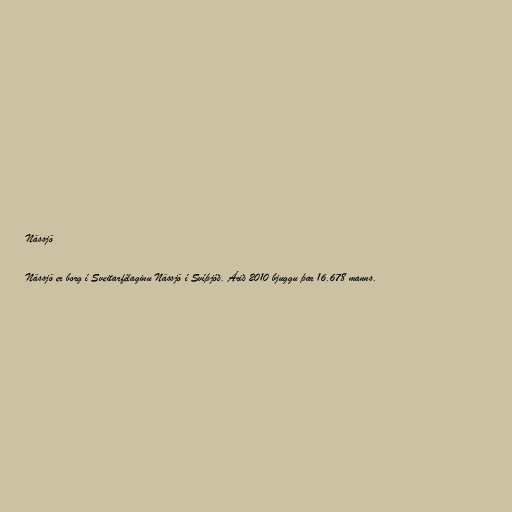
Nässjö

Nässjö er borg í Sveitarfélaginu Nässjö í Svíþjóð. Árið 2010 bjuggu þar 16.678 manns.